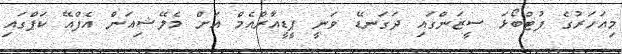
މިއަހަރުގެ ފުޓްބޯޅަ ސީޒަންގައި ދަގަނޑޭ ވަނީ ޕީޑީއާރްއެމް އަށް މެލޭޝިއަން އެފްއޭ ކަޕްގައި